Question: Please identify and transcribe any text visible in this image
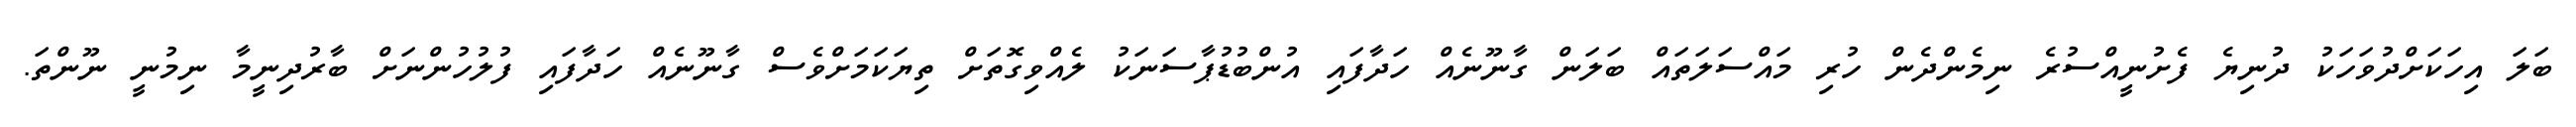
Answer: ބަލަ އިހަކަށްދުވަހަކު ދުނިޔެ ފެށުނީއްސުރެ ނިމެންދެން ހުރި މައްސަލަތައް ބަލަން ގާނޫނެއް ހަދާފައި އުންބުޑުޕާސަނަކު ލެއްވިގޮތަށް ތިޔަކަމަށްވެސް ގާނޫނެއް ހަދާފައި ފުލުހުންނަށް ބާރުދިނީމާ ނިމުނީ ނޫންތަ.